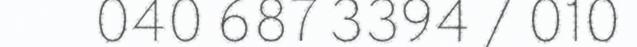
040 687 3394 / 010